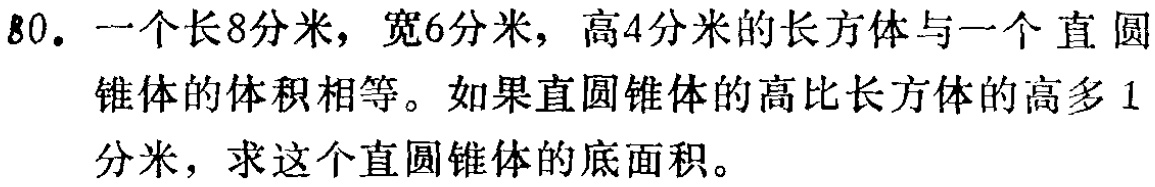
80. 一个长8分米，宽6分米，高4分米的长方体与一个直圆锥体的体积相等。如果直圆锥体的高比长方体的高多1分米，求这个直圆锥体的底面积。